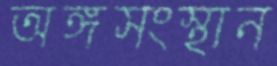
অঙ্গসংস্থান